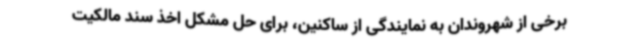
برخی از شهروندان به نمایندگی از ساکنین، برای حل مشکل اخذ سند مالکیت